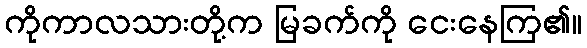
ကိုကာလသားတို့က မြခက်ကို ငေးနေကြ၏။